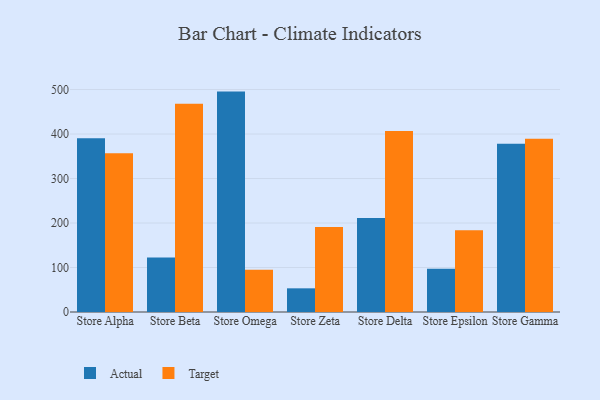
{"axis": {"x": "Store", "y": "Gross Profit (USD K)"}, "legend": ["Actual", "Target"], "data": [{"x": "Store Alpha", "y": 390.5, "type": "Actual"}, {"x": "Store Alpha", "y": 356.7, "type": "Target"}, {"x": "Store Beta", "y": 122.3, "type": "Actual"}, {"x": "Store Beta", "y": 467.9, "type": "Target"}, {"x": "Store Omega", "y": 495.4, "type": "Actual"}, {"x": "Store Omega", "y": 95.0, "type": "Target"}, {"x": "Store Zeta", "y": 53.2, "type": "Actual"}, {"x": "Store Zeta", "y": 191.2, "type": "Target"}, {"x": "Store Delta", "y": 211.2, "type": "Actual"}, {"x": "Store Delta", "y": 406.9, "type": "Target"}, {"x": "Store Epsilon", "y": 97.0, "type": "Actual"}, {"x": "Store Epsilon", "y": 183.8, "type": "Target"}, {"x": "Store Gamma", "y": 378.4, "type": "Actual"}, {"x": "Store Gamma", "y": 389.6, "type": "Target"}]}